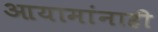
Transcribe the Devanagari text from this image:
आयामांनाही